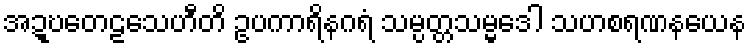
အဍ္ဎတေဠသေဟီတိ ဥပကာရိနဂရံ သမ္ပတ္တသမ္မဒေါ သဟစရဏနယေန